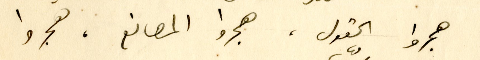
هجروا الحقول، هجروا المصانع، هجروا